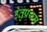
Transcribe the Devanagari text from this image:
हेतुप्रथम